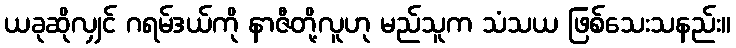
ယခုဆိုလျှင် ဂရမ်ဒယ်ကို နာဇီတို့လူဟု မည်သူက သံသယ ဖြစ်သေးသနည်း။